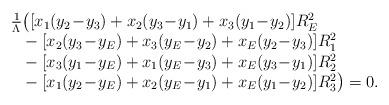
LaTeX: \begin{align*} \left. \begin{array}{l l} \frac{1}{\Lambda}\big( [x_1(y_2\!-\!y_3)+x_2(y_3\!-\!y_1)+x_3(y_1\!-\!y_2)]R_E^2 \\ ~~ -[x_2(y_3\!-\!y_E)+x_3(y_E\!-\!y_2)+x_E(y_2\!-\!y_3)]R_1^2 \\ ~~ -[x_3(y_1\!-\!y_E)+x_1(y_E\!-\!y_3)+x_E(y_3\!-\!y_1)]R_2^2 \\ ~~ -[x_1(y_2\!-\!y_E)+x_2(y_E\!-\!y_1)+x_E(y_1\!-\!y_2)]R_3^2 \big) =0.\end{array} \right. \end{align*}